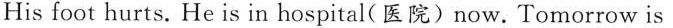
His foot hurts. He is in hospital(医院)now. Tomorrow is